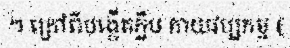
។ ក្រៅពីបង្កើតក្លឹប កាយវប្បកម្ម (